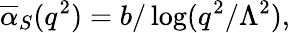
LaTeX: \overline{{{\alpha}}}_{S}(q^{2})=b/\log(q^{2}/\Lambda^{2}),